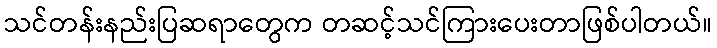
သင်တန်းနည်းပြဆရာတွေက တဆင့်သင်ကြားပေးတာဖြစ်ပါတယ်။